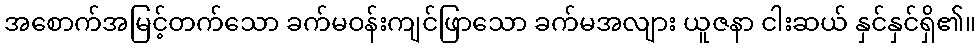
အစောက်အမြင့်တက်သော ခက်မဝန်းကျင်ဖြာသော ခက်မအလျား ယူဇနာ ငါးဆယ် နှင်နှင်ရှိ၏။